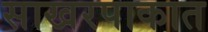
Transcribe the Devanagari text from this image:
साखरपाकात